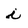
Character: i